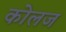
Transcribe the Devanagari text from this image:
कोलज